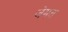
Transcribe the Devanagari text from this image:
जेमत